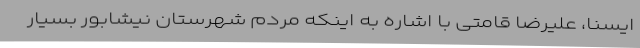
ایسنا، علیرضا قامتی با اشاره به اینکه مردم شهرستان نیشابور بسیار